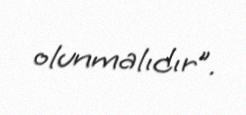
olunmalıdır”.